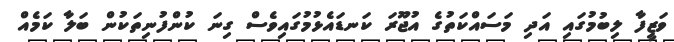
ވަޒީފާ ލިބުމުގައި އަދި މަސައްކަތުގެ އުޖޫރަ ކަނޑައެޅުމުގައިވެސް ގިނަ ކުންފުނިތަކުން ބަލާ ކަމެއް